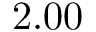
2 . 0 0